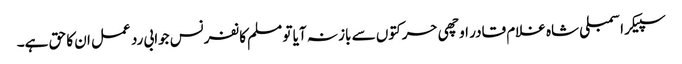
سپیکر اسمبلی شاہ غلام قادر اوچھی حرکتوں سے باز نہ آیا تو مسلم کانفرنس جوابی رد عمل ان کا حق ہے۔